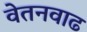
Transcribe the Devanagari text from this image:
वेतनवाढ